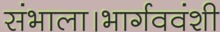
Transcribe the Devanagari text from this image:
संभाला।भार्गववंशी